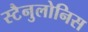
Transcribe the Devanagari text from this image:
स्टैनुलोनिस